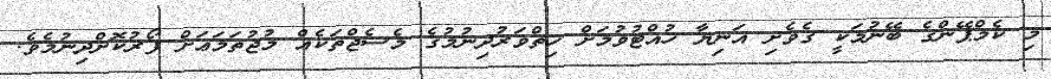
މި ކެމްޕޭންގެ ބޭނުމަކީ ގެވެށި އަނިޔާ ހުއްޓުވުމަށް ހިތްވަރުދިނުމުގެ މެސެޖްތަކެއް މުޖުތަމަޢަށް ފޯރުކޮށްދިނުމެވެ.